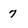
Character: 7